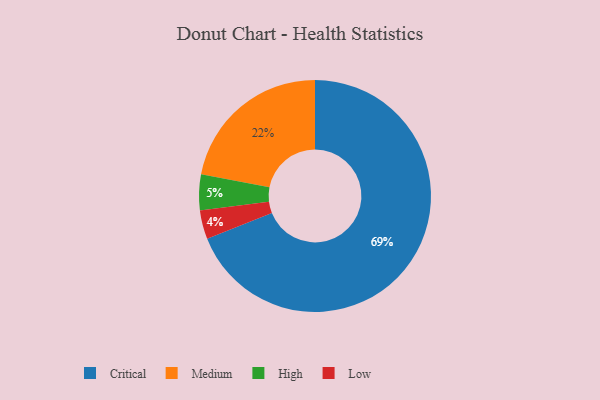
{"axis": {"x": "Category", "y": "Percentage"}, "legend": ["Critical", "High", "Low", "Medium"], "data": [{"x": "Medium", "y": 22, "type": "Medium"}, {"x": "Critical", "y": 69, "type": "Critical"}, {"x": "Low", "y": 4, "type": "Low"}, {"x": "High", "y": 5, "type": "High"}]}